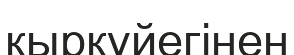
қыркүйегінен